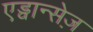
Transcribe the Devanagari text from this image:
एड्वान्सेज़